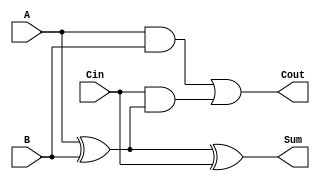
module TransmissionGateFullAdder (
    input wire A,     // First input bit
    input wire B,     // Second input bit
    input wire Cin,   // Carry-in bit
    output wire Sum,  // Sum output
    output wire Cout  // Carry-out output
);

// Internal wires for intermediate signals
wire AxorB;        // Intermediate signal for A XOR B
wire AandB;        // Intermediate signal for A AND B
wire CinAndAxorB;  // Intermediate signal for Cin AND (A XOR B)

// Transmission Gate for A XOR B
assign AxorB = (A ^ B);

// Transmission Gate for Sum = A XOR B XOR Cin
assign Sum = AxorB ^ Cin;

// Transmission Gate for A AND B
assign AandB = A & B;

// Transmission Gate for Cin AND (A XOR B)
assign CinAndAxorB = Cin & AxorB;

// Carry-out = (A AND B) OR (Cin AND (A XOR B))
assign Cout = AandB | CinAndAxorB;

endmodule